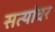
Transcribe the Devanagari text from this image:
सत्यांवर